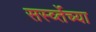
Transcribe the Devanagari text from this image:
सर्स्व्तेच्या